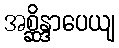
အစ္ဆိန္ဒာပေယျ